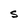
Character: S